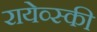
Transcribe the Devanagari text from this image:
रायेव्स्की